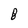
Character: 8